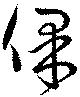
保